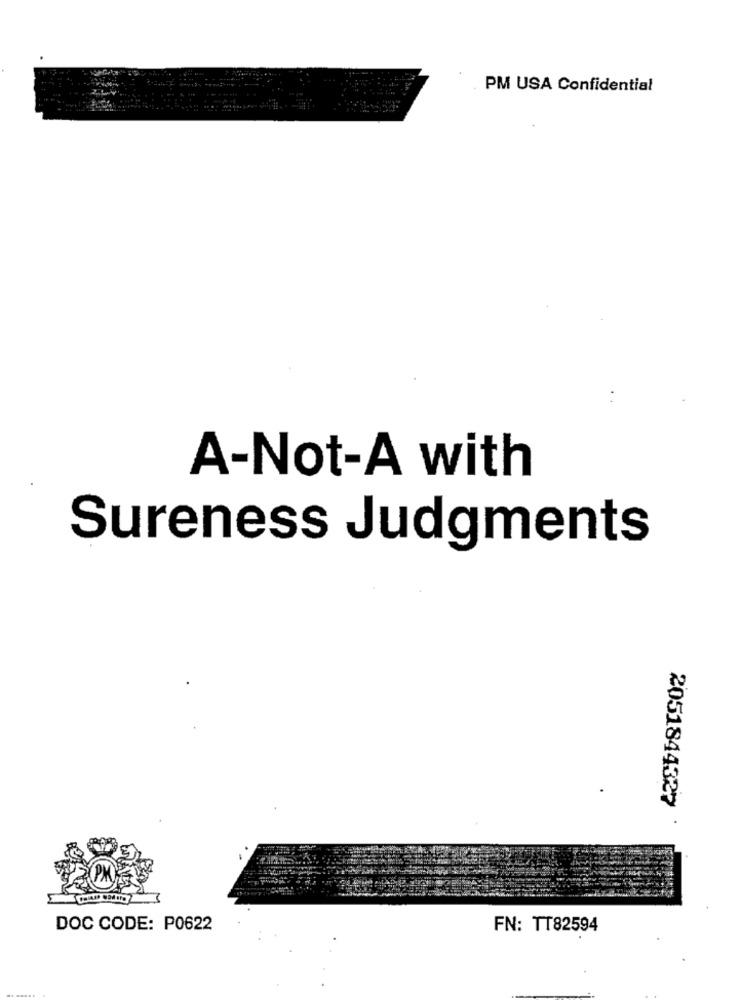
PM USA Confidential
A-Not-A with
Sureness Judgments
2051844327
DOC CODE: P0622
FN: TT82594